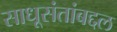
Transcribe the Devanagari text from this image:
साधूसंतांबद्दल